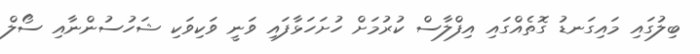
ބިލުގައި މައިގަނޑު ގޮތެއްގައި އިފްލާސް ކުރުމަށް ހުށަހަޅާފައި ވަނީ ވަކިވަކި ޝަހުސުންނާއި ސޯލް